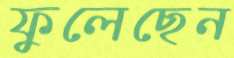
ফুলেছেন